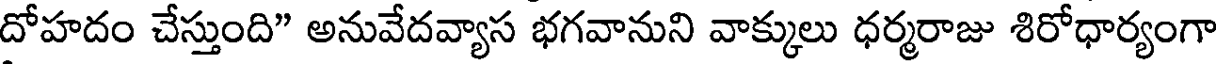
దోహదం చేస్తుంది" అనువేదవ్యాస భగవానుని వాక్కులు ధర్మరాజు శిరోధార్యంగా